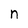
Character: n